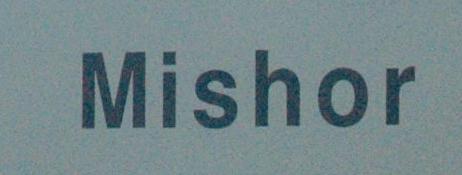
mishor